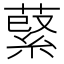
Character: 𦹖